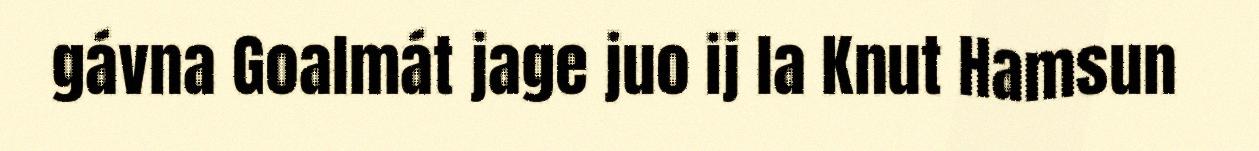
gávna Goalmát jage juo ij la Knut Hamsun